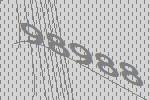
98988